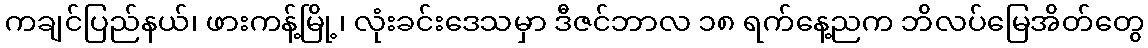
ကချင်ပြည်နယ်၊ ဖားကန့်မြို့၊ လုံးခင်းဒေသမှာ ဒီဇင်ဘာလ ၁၈ ရက်နေ့ညက ဘိလပ်မြေအိတ်တွေ